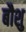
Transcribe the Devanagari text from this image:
बौशु